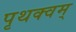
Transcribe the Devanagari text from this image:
पृथक्वम्